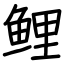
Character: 鲤